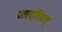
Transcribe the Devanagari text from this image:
जलविद्यत्